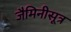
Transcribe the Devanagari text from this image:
जैमिनीसूत्र